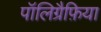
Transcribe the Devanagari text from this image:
पॉलिग्रैफ़िया